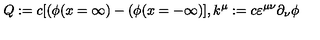
Q : = c [ ( \phi ( x = \infty ) - ( \phi ( x = - \infty ) ] , k ^ { \mu } : = c \varepsilon ^ { \mu \nu } \partial _ { \nu } \phi